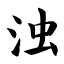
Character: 浊